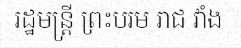
រដ្ឋមន្ត្រី ព្រះបរម រាជ វាំង